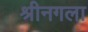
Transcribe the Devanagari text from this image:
श्रीनगला